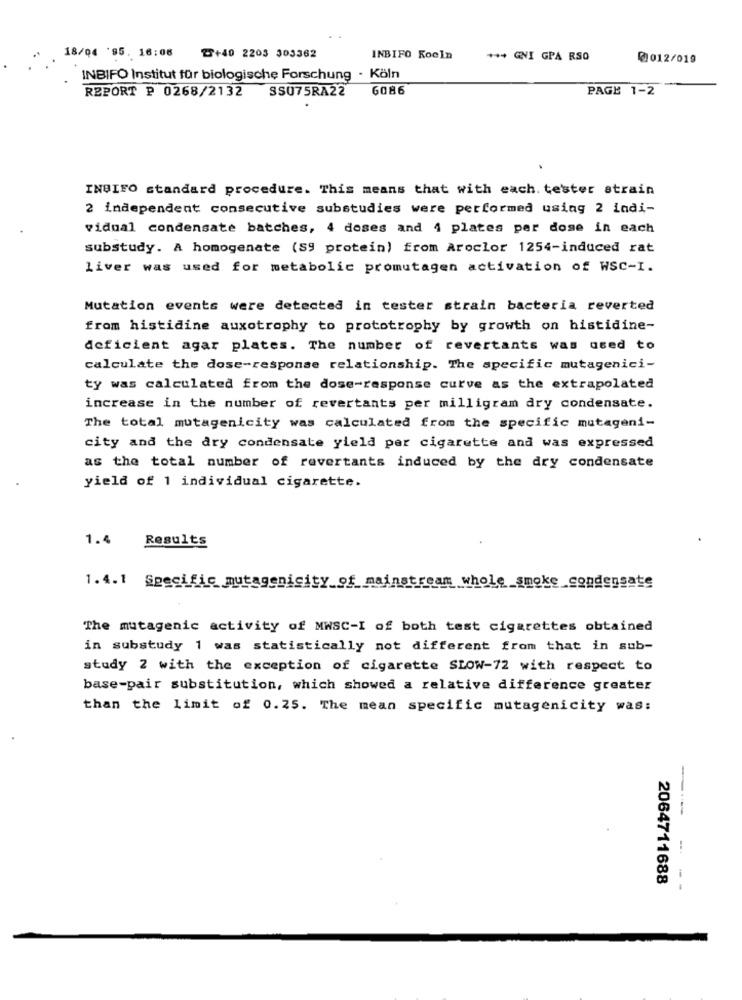
18/04 '95. 16:08
T+40 2203 303362
INBIFO Koeln
+ ** GNI GPA RSO
@1012/019
INBIFO Institut für biologische Forschung - Köln
REPORT P 0268/2132 SSU75RA22
6086
PAGE 1-2
INBIFO standard procedure. This means that with each. tester strain
2 independent consecutive substudies were performed using 2 indi-
vidual condensate batches, 4 doses and 4 plates per dose in each
substudy. A homogenate (S9 protein) from Aroclor 1254-induced rat
liver was used for metabolic promutagen activation of WSC-I.
Mutation events were detected in tester strain bacteria reverted
from histidine auxotrophy to prototrophy by growth on histidine-
deficient agar plates. The number of revertants was used to
calculate the dose-response relationship. The specific mutagenici-
ty was calculated from the dose-response curve as the extrapolated
increase in the number of revertants per milligram dry condensate.
The total mutagenicity was calculated from the specific mutageni-
city and the ary condensate yield per cigarette and was expressed
as the total number of revertants induced by the dry condensate
yield of 1 individual cigarette.
1.4
Results
1.4.1 Specific mutagenicity_of_mainstream whole_smoke_condensate
The mutagenic activity of MWSC-I of both test cigarettes obtained
in substudy 1 was statistically not different from that in sub-
study 2 with the exception of cigarette SLOW-72 with respect to
base-pair substitution, which showed a relative difference greater
than the limit of 0.25. The mean specific mutagenicity was:
---
2064711688